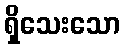
ရှိသေးသော